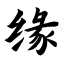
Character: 缘